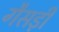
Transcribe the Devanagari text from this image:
गैसड़ी